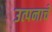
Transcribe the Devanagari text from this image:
उत्पनाचे